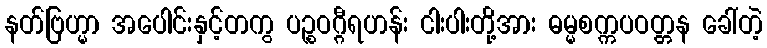
နတ်ဗြဟ္မာ အပေါင်းနှင့်တကွ ပဉ္စဝဂ္ဂီရဟန်း ငါးပါးတို့အား ဓမ္မစက္ကပဝတ္တန ခေါ်တဲ့